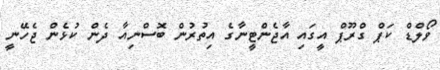
ވޯލްޑް ކަޕް ގްރޫޕް އީގައި އާޖެންޓީނާގެ އިތުރުން ބޮސްނިއާ ދެން ކުޅެން ޖެހޭނީ